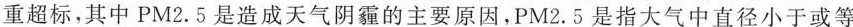
重超标，其中PM2.5是造成天气阴霾的主要原因，PM2.5是指大气中直径小于或等